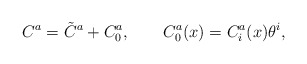
\begin{align*}C^a=\tilde C^a+C^a_0,\quad\quad C^a_0(x)=C^a_i(x)\theta^i,\end{align*}